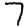
Digit: 7